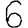
Digit: 6